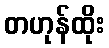
တဟုန်ထိုး